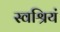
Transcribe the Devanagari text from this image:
स्वश्रियं